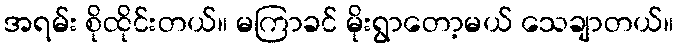
အရမ်း စိုထိုင်းတယ်။ မကြာခင် မိုးရွာတော့မယ် သေချာတယ်။